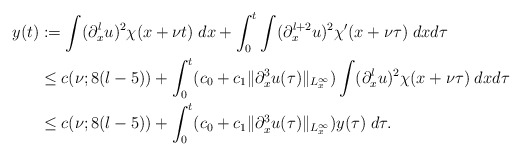
\begin{align*}y(t)&:= \int (\partial_x^lu)^2\chi(x+\nu t) \; dx+ \int_0^t\int (\partial_x^{l+2}u)^2 \chi'(x+\nu\tau) \; dxd\tau \\&\leq c(\nu;8(l-5)) + \int_0^t(c_0+c_1\|\partial_x^3u(\tau)\|_{L_x^\infty})\int(\partial_x^lu)^2\chi(x+\nu\tau) \; dxd\tau \\&\leq c(\nu;8(l-5)) + \int_0^t(c_0+c_1\|\partial_x^3u(\tau)\|_{L_x^\infty})y(\tau)\;d\tau.\end{align*}